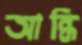
আন্ধি